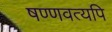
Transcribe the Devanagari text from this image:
षण्णवत्यपि